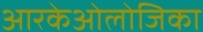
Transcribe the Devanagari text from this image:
आरकेओलोजिका